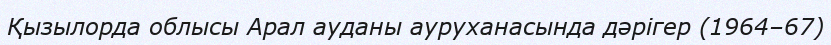
Қызылорда облысы Арал ауданы ауруханасында дәрігер (1964–67)